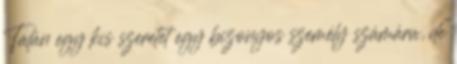
Talán egy kis szeretet egy bizonyos személy számára, de